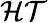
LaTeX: \mathcal{HT}